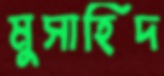
মুসাহিদ